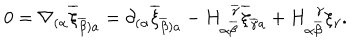
0 = \nabla _ { ( \alpha } \overline { { { \xi } } } _ { \overline { { { \beta } } } ) a } = \partial _ { ( \alpha } \overline { { { \xi } } } _ { \overline { { { \beta } } } ) a } - H _ { \alpha \overline { { { \beta } } } } ^ { \, \, \, \overline { { { \gamma } } } } \overline { { { \xi } } } _ { \overline { { { \gamma } } } a } + H _ { \alpha \overline { { { \beta } } } } ^ { \, \, \, \gamma } \xi _ { \gamma } .